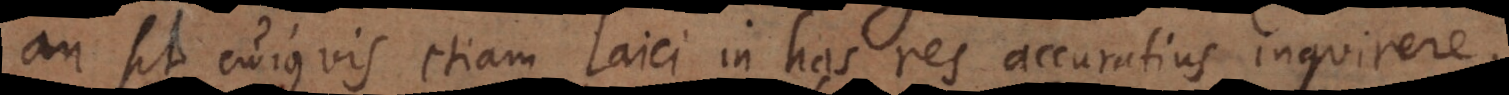
an sit cujusvis etiam Laici in has res accuratius inquirere,